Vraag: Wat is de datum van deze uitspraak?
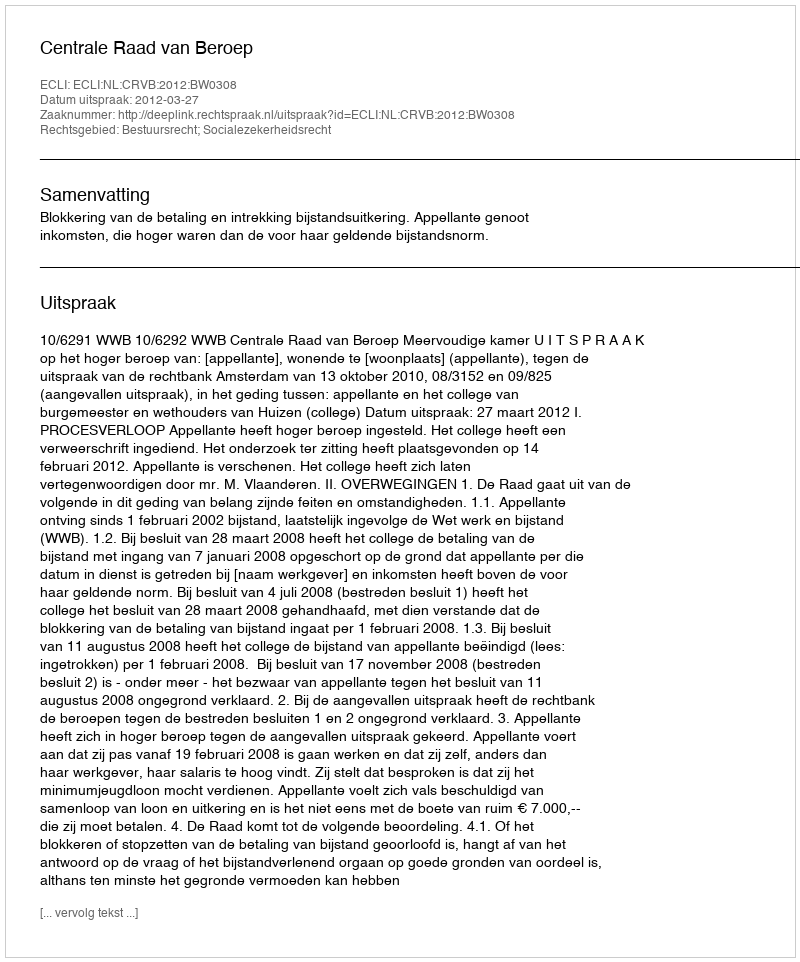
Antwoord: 2012-03-27